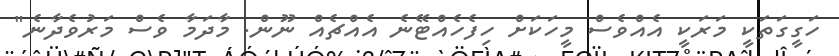
ހަގީގަތަކީ މަރަކީ އެއްވެސް މީހަކަށް ހިފެހެއްޓޭނެ އެއްޗެއް ނޫން. މާދަމާ ވެސް މަރުވެދާނެ"